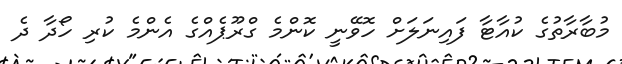
މުބާރާތުގެ ކުއާޓާ ފައިނަލަށް ހޮވޭނީ ކޮންމެ ގްރޫޕެއްގެ އެންމެ ކުރި ހޯދާ ދެ